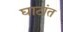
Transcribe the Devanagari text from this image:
घाटांत